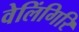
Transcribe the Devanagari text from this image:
वेलिंगिरि